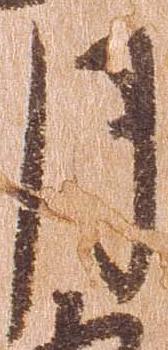
月